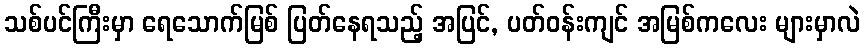
သစ်ပင်ကြီးမှာ ရေသောက်မြစ် ပြတ်နေရသည့် အပြင်, ပတ်ဝန်းကျင် အမြစ်ကလေး များမှာလဲ